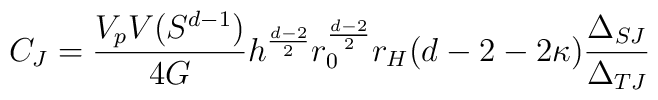
C_J= \frac{V_p V(S^{d-1})}{4G} h^{\frac{d-2}{2}} r_0^{\frac{d-2}{2}} r_H(d-2-2\kappa ) \frac{\Delta_{S J}}{\Delta_{T J}}